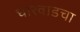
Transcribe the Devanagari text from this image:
धारवाडचा